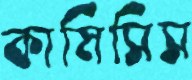
কামিসিস